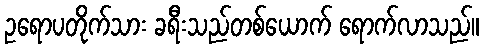
ဥရောပတိုက်သား ခရီးသည်တစ်ယောက် ရောက်လာသည်။